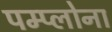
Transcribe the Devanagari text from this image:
पम्प्लोना